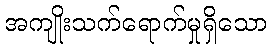
အကျိုးသက်ရောက်မှုရှိသော